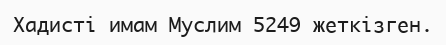
Хадисті имам Муслим 5249 жеткізген.